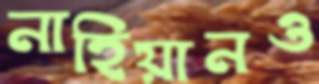
নাহিয়ানও